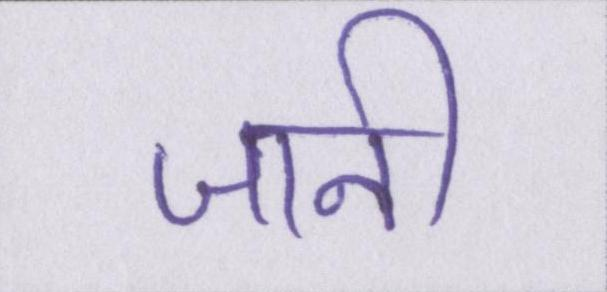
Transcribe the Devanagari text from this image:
जानी